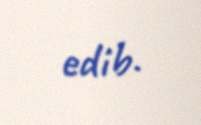
edib.